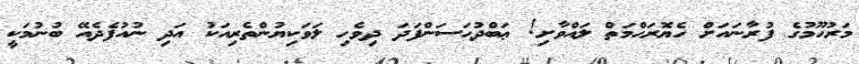
މަރުހޫމުގެ ފުރާނައަށް ހެޔޮރަޙްމަތް ލައްވާށި! ޢަބްދުޙަސަންފަދަ ދިވެހި ލަވަކިޔުންތެރިއަކު އަދި ނުއުފެދެއޭ ބުނުމަކީ